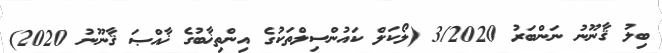
ބިލު ޤާނޫނު ނަންބަރު 3/2020 (ލޯކަލް ކައުންސިލްތަކުގެ އިންތިޚާބުގެ ޚާއްޞަ ޤާނޫނު 2020)